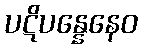
ပဋိပန္နေနေဝ